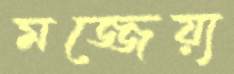
মজ্জেয়্য